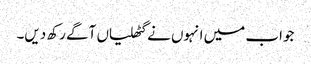
جواب میں انہوں نے گٹھلیاں آگے رکھ دیں۔